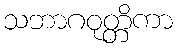
သဘာဂဝုတ္တိကာ